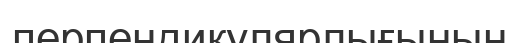
перпендикулярлығының